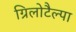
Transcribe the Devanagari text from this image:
ग्रिलोटैल्पा